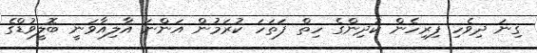
ގިނަ ދިވެހި ފިރިހެން ކުދިންގެ ހިތް ފަތަހަ ކުރަމުން އަންނަ އާލިއާވަނީ ބޮލީވުޑްގެ